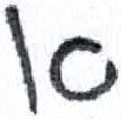
אות: א